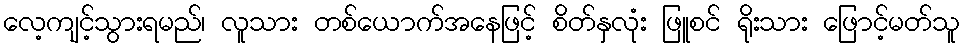
လေ့ကျင့်သွားရမည်၊ လူသား တစ်ယောက်အနေဖြင့် စိတ်နှလုံး ဖြူစင် ရိုးသား ဖြောင့်မတ်သူ